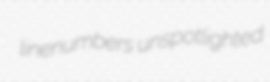
linenumbers unspotlighted